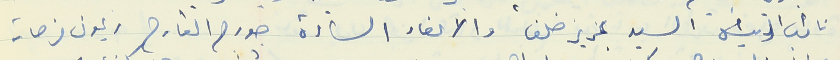
نائب الرئيس السيد عزيز خلف والاعضاء السادة جورج القارح ريمون فرحات